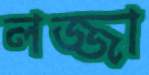
লজ্জা